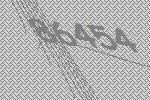
86454